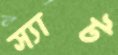
স্যাট